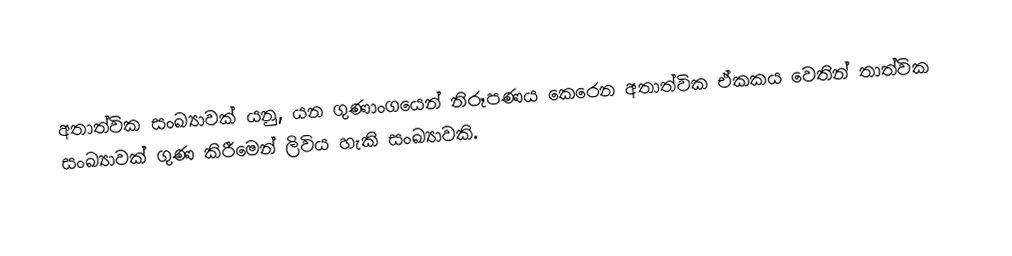
අතාත්වික සංඛ්‍යාවක් යනු,   යන ගුණාංගයෙන් නිරූපණය කෙරෙන අතාත්වික ඒකකය  වෙතින් තාත්වික සංඛ්‍යාවක් ගුණ කිරීමෙන් ලිවිය හැකි සංඛ්‍යාවකි.